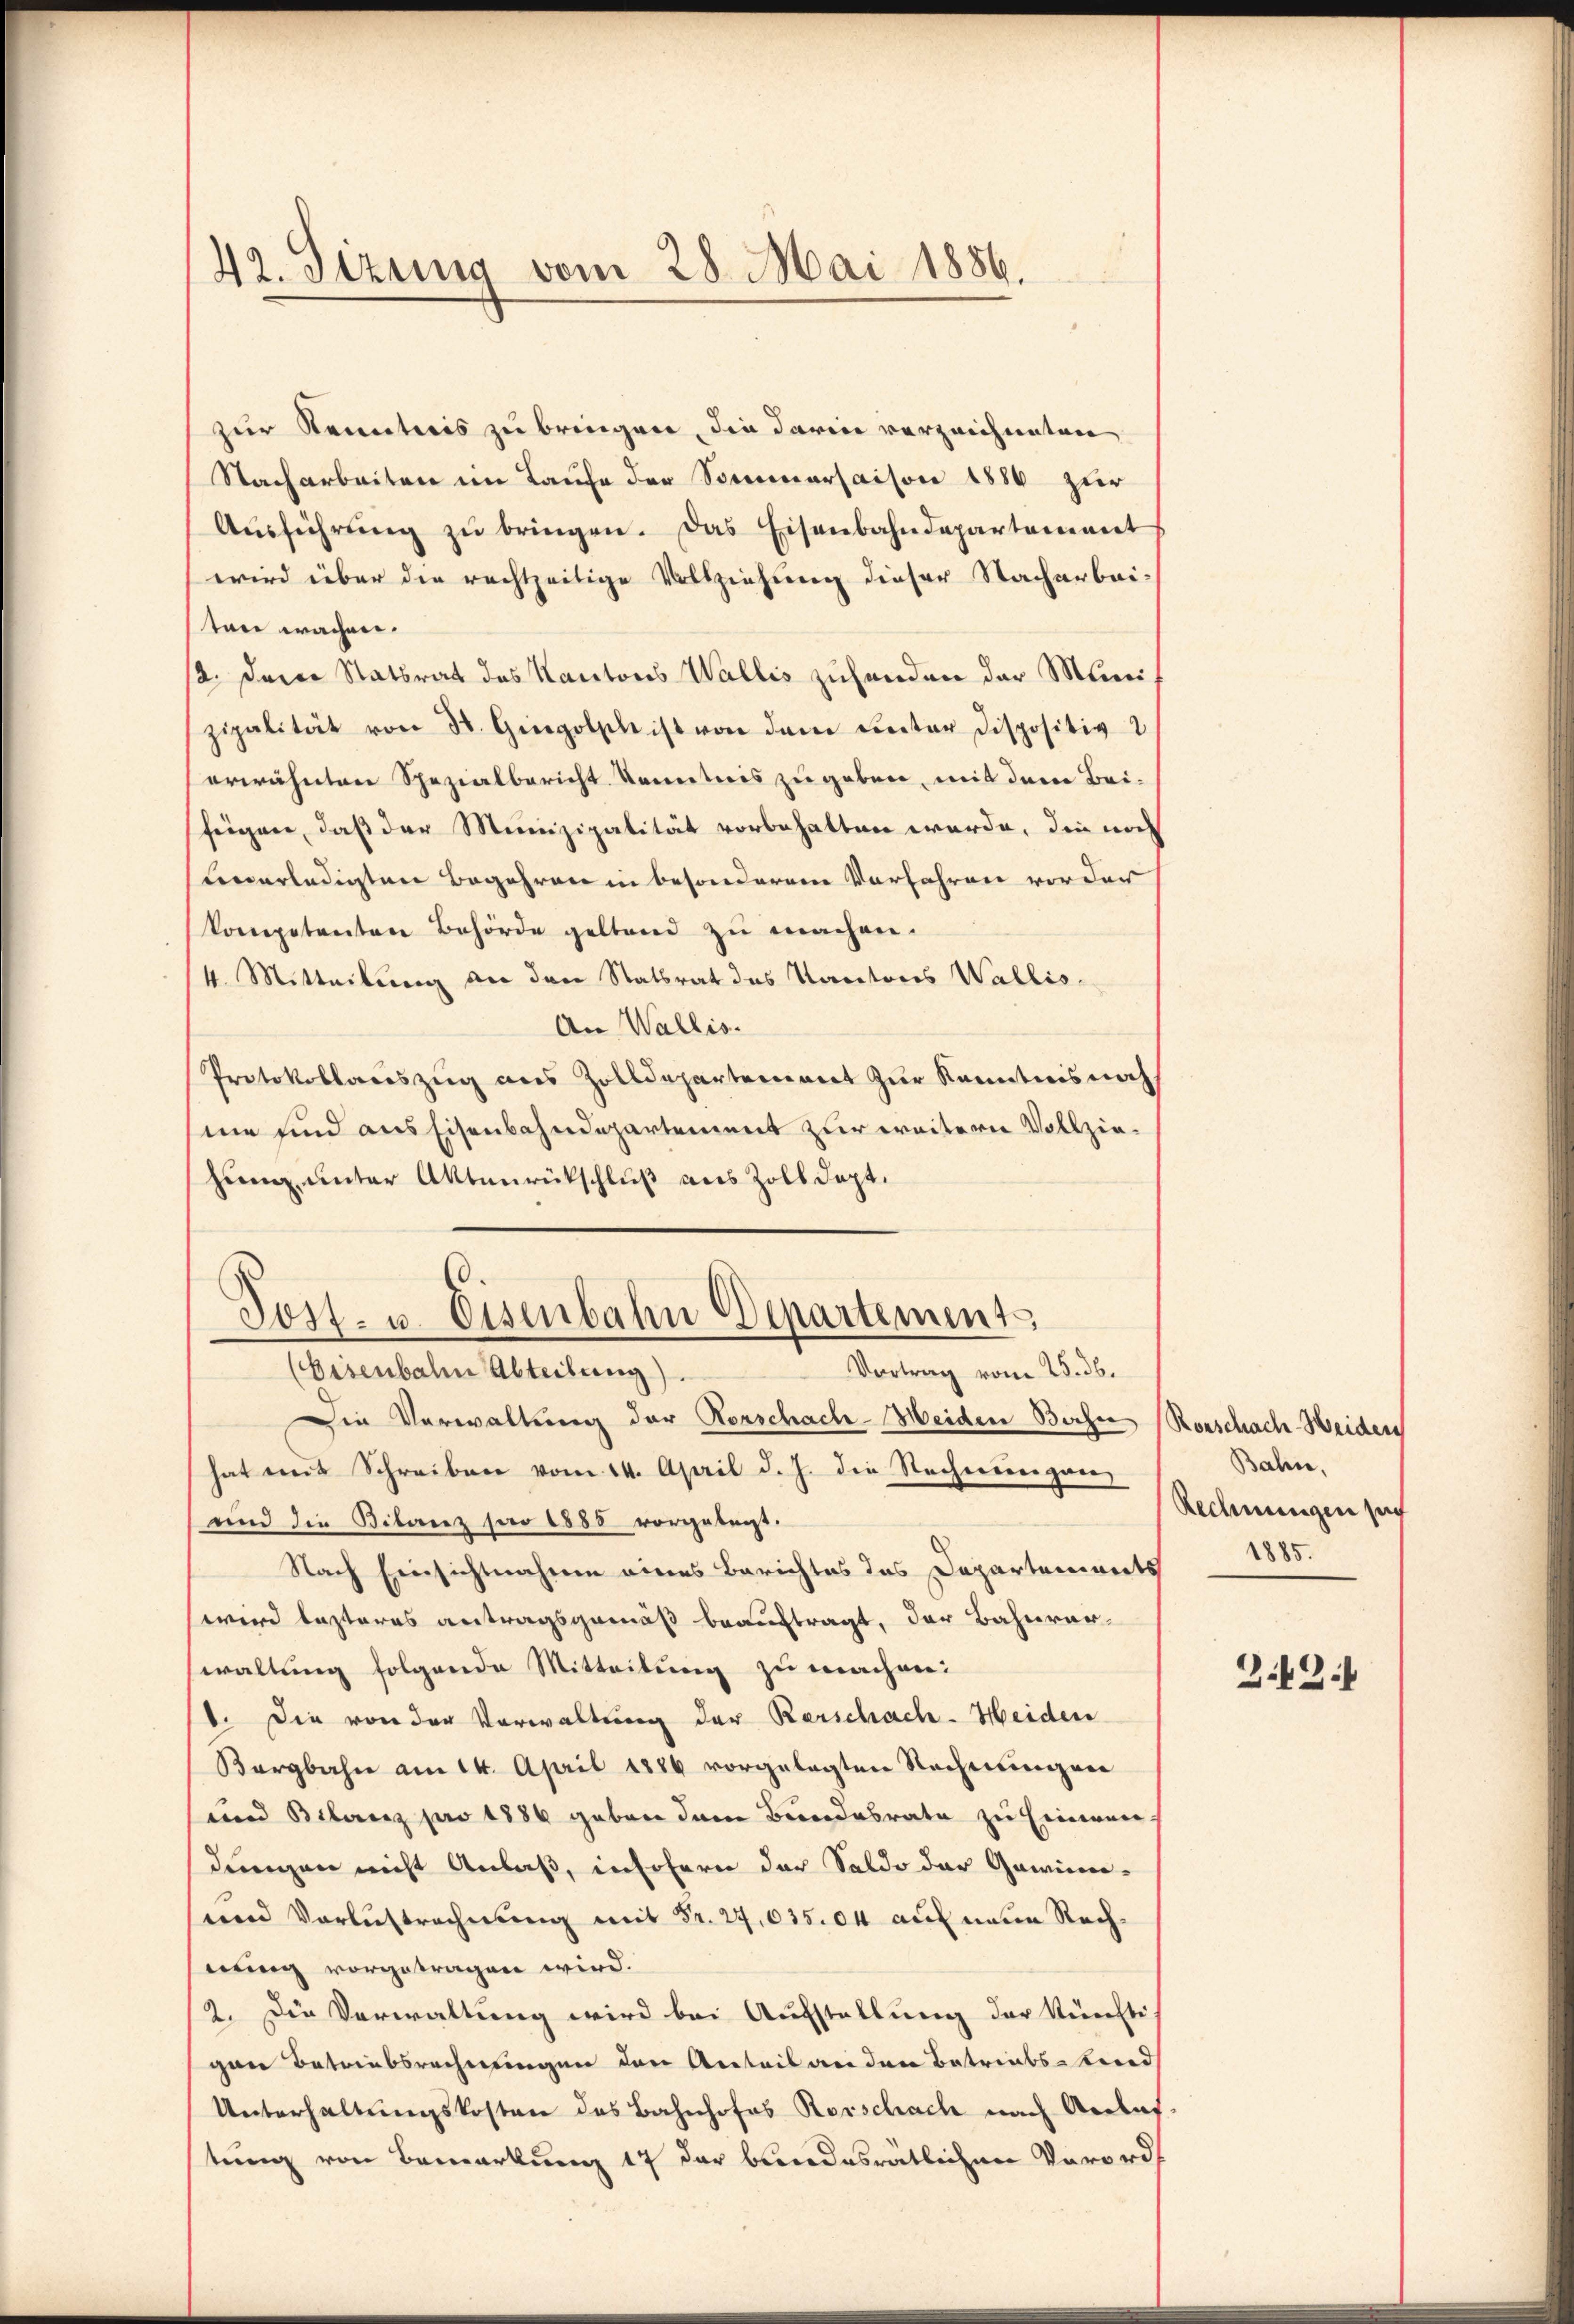
42. Sizung vom 28. Mai 1886.

zur Kenntnis zu bringen, die darin verzeichneten
Nacharbeiten im Laufe der Sommersaison 1886 zur
Aŭsführŭng zŭ bringen. Das Eisenbahndepartement
wird über die rechtzeitige Vollziehung dieser Nacharbeiten wachen.
2. Der Statsrat des Kantons Wallis zuhanden der Munizipalität von 3. Gingolsche ist von dem ceter Dispositiv
erwähnten Spezialbericht konntnis zu geben, mit dem Beifeigen, daß der Munizipalität vorbehalten werde, die noch
unerledigten Begehren in besonderem Verfahren vorder
kompetenten Behörde geltend zu machen.
4. Mitteilung an den Statsrat des Kantores Wallis¬
An Wallis.
Protokollariszug aus Zolldepartement zur Kenntnis noch
me und aus Eisenbahndepartement zur weitern Vollziehung unter Aktenrückschluß aus Zoll dept.
Tost- u. Eisenbahn Departement
Vortrag vom 25. 36.
(Bisenbahn Abteilung).
Die Verwaltung der Korschach-Heiden Bochen Rorschach-Heiden
hat mit Schreiben vom 14. April d. J. die Nachmeiergaer
und die Bilanz pro 1885 vorgelegt.
Nach Einsichtnahme eines Berichtes das Departements 1885.
wird lasteres antragsgemäß beauftragt, der Bahnverwaltung folgende Mitteilung zu machen:
1. Die von der Vorwaltung der Kerschach-Heiden
Bergbahn am 14. April 1884 vorgelegten Rechnungen
und Bilanz pro 1886 geben dem Bundesrate zu Einerei-
dungen nicht Anlaß, insofern der Saldo der Gawine¬
und Verlustrechnung mit Fr. 27,035.04 auf neue Rechserung vorgetragen wird.
2. Die Verwaltung wird bei Aufstellung der künfti
gen Betriebsrechnungen den Anteil an den Betriebstend
Unterhaltungskosten des Bahnhofes Rorschach nach Andens
tung von Bemerkung 17 der bundesrätlichen Verord¬

Bahn,
Rechnungen sach

Z.Z.1